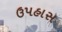
ઉપહાસ